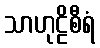
သာဟုဠိစီရံ